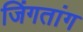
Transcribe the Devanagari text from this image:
जिंगतांग